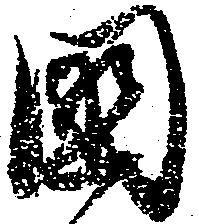
国